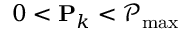
0 < \mathbf { P } _ { k } < \mathcal { P } _ { \operatorname* { m a x } }